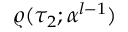
\varrho ( \tau _ { 2 } ; \boldsymbol { \alpha } ^ { l - 1 } )